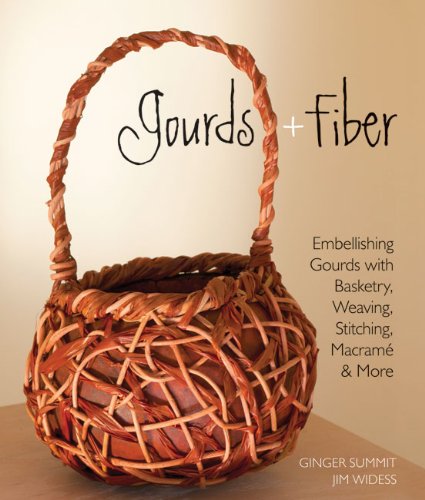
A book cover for Gourds + Fiber: Embellishing Gourds with Basketry, Weaving, Stitching, MacramÃ© & More; Ginger Summit; Crafts, Hobbies & Home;